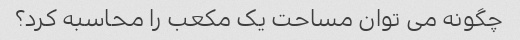
چگونه می توان مساحت یک مکعب را محاسبه کرد؟